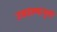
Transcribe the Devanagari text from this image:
उघडल्यामुळे